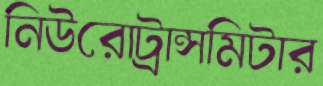
নিউরোট্রান্সমিটার